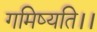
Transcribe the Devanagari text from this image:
गमिष्यति।।